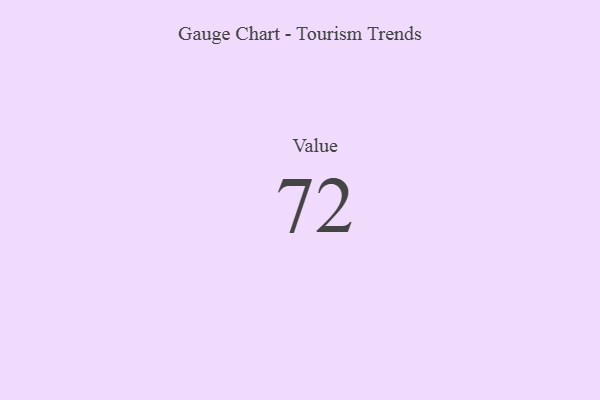
{"axis": {"x": "Metric", "y": "Value"}, "legend": [""], "data": [{"x": "Value", "y": 72, "type": ""}]}